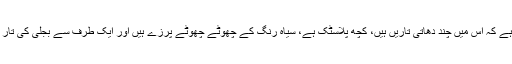
کھولنے پر معلوم پڑتا ہے کہ اس میں چند دھاتی تاریں ہیں، کچھ پلاسٹک ہے، سیاہ رنگ کے چھوٹے چھوٹے پرزے ہیں اور ایک طرف سے بجلی کی تار اس میں لگی ہوئی ہے۔